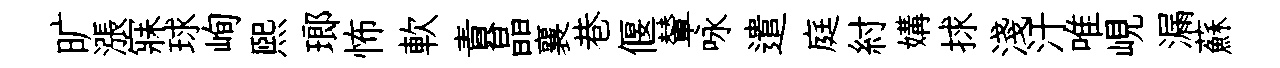
旷漲寐球峋熙瑯怖軟責晶襄巷偃輦咏遣庭紂媾捄淺汗唯峴漏蘇